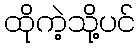
ထိုကဲ့သို့ပင်